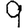
Digit: 9